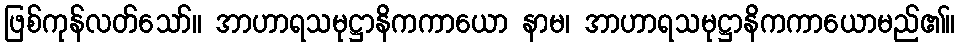
ဖြစ်ကုန်လတ်သော်။ အာဟာရသမုဋ္ဌာနိကကာယော နာမ၊ အာဟာရသမုဋ္ဌာနိကကာယောမည်၏။